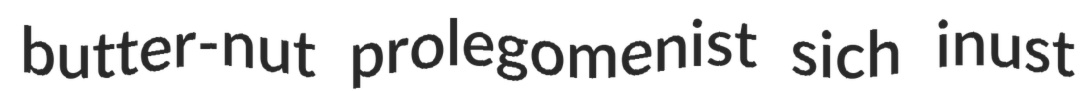
butter-nut prolegomenist sich inust